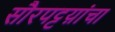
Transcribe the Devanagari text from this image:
सौरपट्टय़ांचा